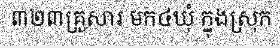
៣២៣គ្រួសារ មក៤ឃុំ ក្នុងស្រុក